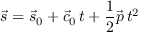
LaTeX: { \vec { s } } = { \vec { s } } _ { 0 } + { \vec { c } } _ { 0 } \, t + { \frac { 1 } { 2 } } { \vec { p } } \, t ^ { 2 }